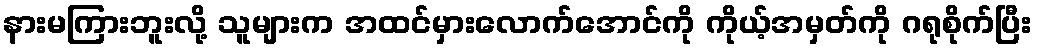
နားမကြားဘူးလို့ သူများက အထင်မှားလောက်အောင်ကို ကိုယ့်အမှတ်ကို ဂရုစိုက်ပြီး